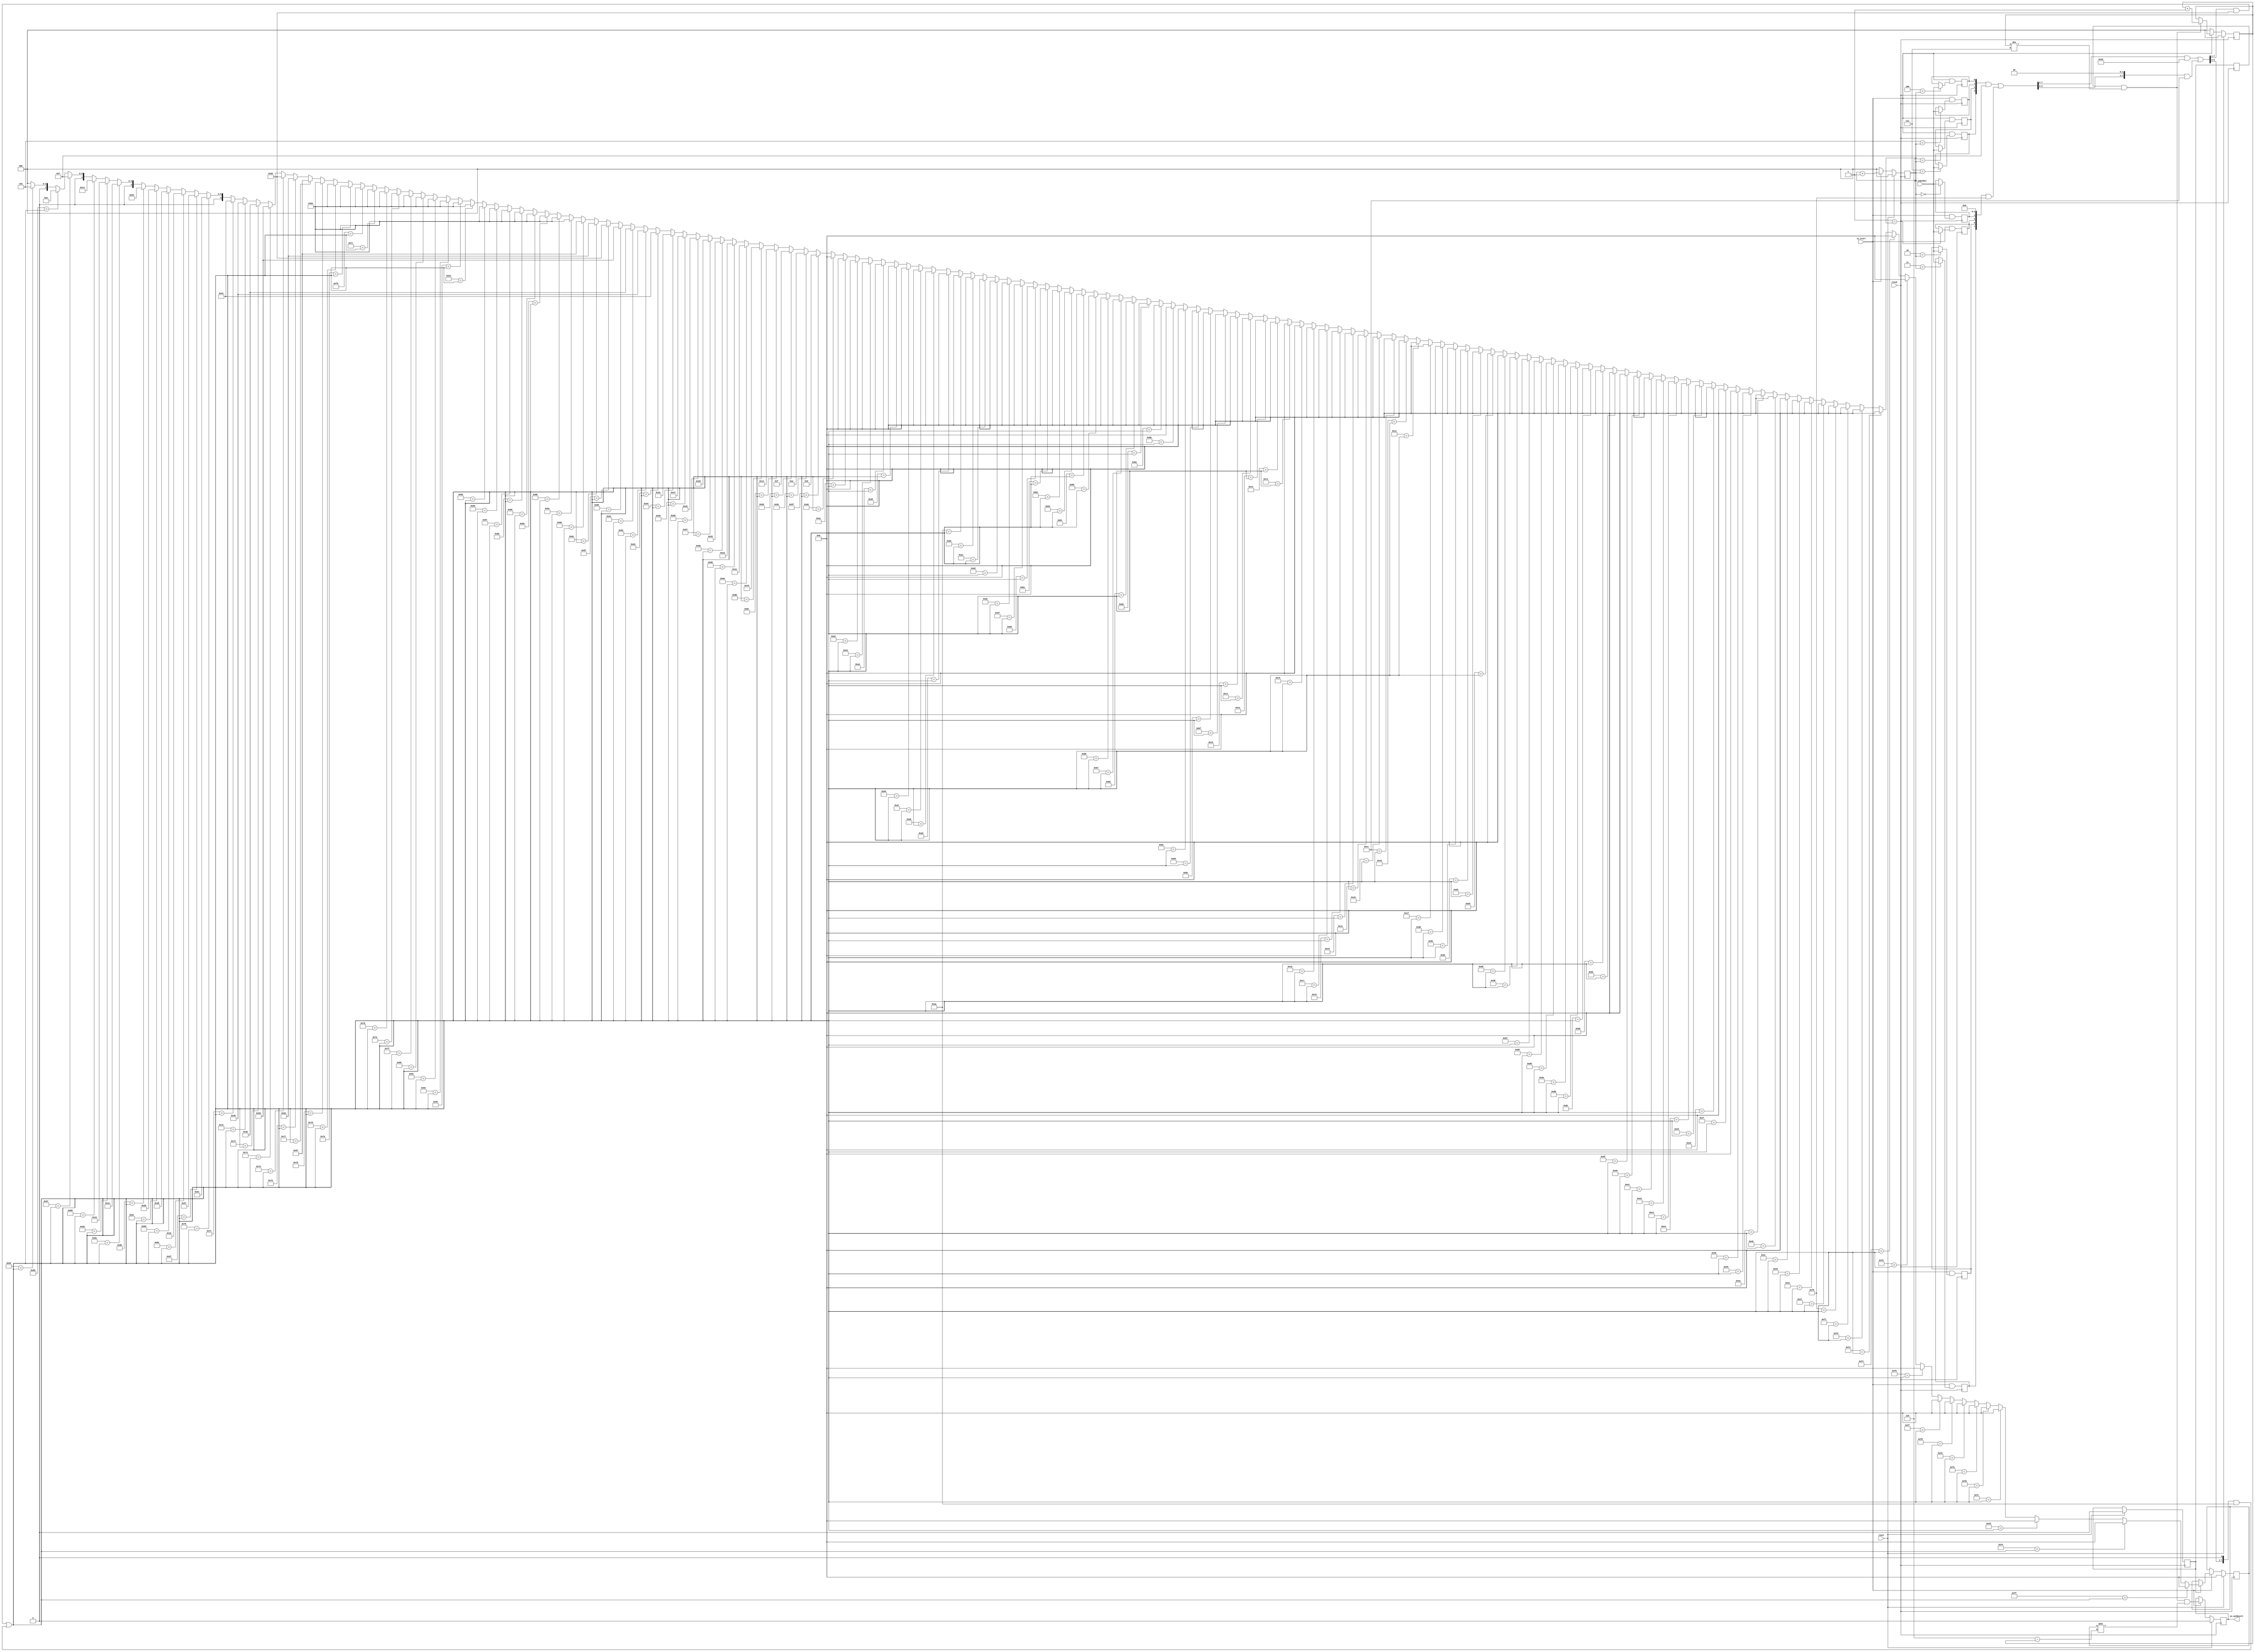
module LutMembershipFunctionOnline2_8(
  input   clock,
  input   reset,
  input   io_start,
  input   io_inputBit,
  output  io_outResult
);
  reg  buffer_0; // @[lut_mem_online2.scala 76:19]
  reg  buffer_1; // @[lut_mem_online2.scala 76:19]
  reg  buffer_2; // @[lut_mem_online2.scala 76:19]
  reg  buffer_3; // @[lut_mem_online2.scala 76:19]
  reg  buffer_4; // @[lut_mem_online2.scala 76:19]
  reg  buffer_5; // @[lut_mem_online2.scala 76:19]
  reg  buffer_6; // @[lut_mem_online2.scala 76:19]
  reg  buffer_7; // @[lut_mem_online2.scala 76:19]
  reg [6:0] outputBuffer; // @[lut_mem_online2.scala 77:29]
  reg [2:0] counter; // @[lut_mem_online2.scala 79:24]
  reg [2:0] outputCounter; // @[lut_mem_online2.scala 80:30]
  reg  isPassedDelta; // @[lut_mem_online2.scala 82:30]
  reg  isOutputValid; // @[lut_mem_online2.scala 83:30]
  reg  outResult; // @[lut_mem_online2.scala 86:26]
  wire [3:0] _GEN_309 = {{1'd0}, counter}; // @[lut_mem_online2.scala 114:22]
  wire  _GEN_0 = _GEN_309 == 4'ha | isPassedDelta; // @[lut_mem_online2.scala 114:35 115:25 82:30]
  wire  _T_3 = _GEN_309 != 4'h8; // @[lut_mem_online2.scala 121:22]
  wire  _GEN_1 = 3'h0 == counter ? io_inputBit : buffer_0; // @[lut_mem_online2.scala 123:{27,27} 76:19]
  wire  _GEN_2 = 3'h1 == counter ? io_inputBit : buffer_1; // @[lut_mem_online2.scala 123:{27,27} 76:19]
  wire  _GEN_3 = 3'h2 == counter ? io_inputBit : buffer_2; // @[lut_mem_online2.scala 123:{27,27} 76:19]
  wire  _GEN_4 = 3'h3 == counter ? io_inputBit : buffer_3; // @[lut_mem_online2.scala 123:{27,27} 76:19]
  wire  _GEN_5 = 3'h4 == counter ? io_inputBit : buffer_4; // @[lut_mem_online2.scala 123:{27,27} 76:19]
  wire  _GEN_6 = 3'h5 == counter ? io_inputBit : buffer_5; // @[lut_mem_online2.scala 123:{27,27} 76:19]
  wire  _GEN_7 = 3'h6 == counter ? io_inputBit : buffer_6; // @[lut_mem_online2.scala 123:{27,27} 76:19]
  wire  _GEN_8 = 3'h7 == counter ? io_inputBit : buffer_7; // @[lut_mem_online2.scala 123:{27,27} 76:19]
  wire  _T_5 = ~reset; // @[lut_mem_online2.scala 127:19]
  wire [2:0] _counter_T_1 = counter + 3'h1; // @[lut_mem_online2.scala 137:30]
  wire  _GEN_9 = _GEN_309 != 4'h8 ? _GEN_1 : buffer_0; // @[lut_mem_online2.scala 121:38 76:19]
  wire  _GEN_10 = _GEN_309 != 4'h8 ? _GEN_2 : buffer_1; // @[lut_mem_online2.scala 121:38 76:19]
  wire  _GEN_11 = _GEN_309 != 4'h8 ? _GEN_3 : buffer_2; // @[lut_mem_online2.scala 121:38 76:19]
  wire  _GEN_12 = _GEN_309 != 4'h8 ? _GEN_4 : buffer_3; // @[lut_mem_online2.scala 121:38 76:19]
  wire  _GEN_13 = _GEN_309 != 4'h8 ? _GEN_5 : buffer_4; // @[lut_mem_online2.scala 121:38 76:19]
  wire  _GEN_14 = _GEN_309 != 4'h8 ? _GEN_6 : buffer_5; // @[lut_mem_online2.scala 121:38 76:19]
  wire  _GEN_15 = _GEN_309 != 4'h8 ? _GEN_7 : buffer_6; // @[lut_mem_online2.scala 121:38 76:19]
  wire  _GEN_16 = _GEN_309 != 4'h8 ? _GEN_8 : buffer_7; // @[lut_mem_online2.scala 121:38 76:19]
  wire [7:0] _tempCurrentBuf_T = {buffer_7,buffer_6,buffer_5,buffer_4,buffer_3,buffer_2,buffer_1,buffer_0}; // @[lut_mem_online2.scala 145:47]
  wire [7:0] _GEN_311 = {{4'd0}, _tempCurrentBuf_T[7:4]}; // @[Bitwise.scala 108:31]
  wire [7:0] _tempCurrentBuf_T_4 = _GEN_311 & 8'hf; // @[Bitwise.scala 108:31]
  wire [7:0] _tempCurrentBuf_T_6 = {_tempCurrentBuf_T[3:0], 4'h0}; // @[Bitwise.scala 108:70]
  wire [7:0] _tempCurrentBuf_T_8 = _tempCurrentBuf_T_6 & 8'hf0; // @[Bitwise.scala 108:80]
  wire [7:0] _tempCurrentBuf_T_9 = _tempCurrentBuf_T_4 | _tempCurrentBuf_T_8; // @[Bitwise.scala 108:39]
  wire [7:0] _GEN_312 = {{2'd0}, _tempCurrentBuf_T_9[7:2]}; // @[Bitwise.scala 108:31]
  wire [7:0] _tempCurrentBuf_T_14 = _GEN_312 & 8'h33; // @[Bitwise.scala 108:31]
  wire [7:0] _tempCurrentBuf_T_16 = {_tempCurrentBuf_T_9[5:0], 2'h0}; // @[Bitwise.scala 108:70]
  wire [7:0] _tempCurrentBuf_T_18 = _tempCurrentBuf_T_16 & 8'hcc; // @[Bitwise.scala 108:80]
  wire [7:0] _tempCurrentBuf_T_19 = _tempCurrentBuf_T_14 | _tempCurrentBuf_T_18; // @[Bitwise.scala 108:39]
  wire [7:0] _GEN_313 = {{1'd0}, _tempCurrentBuf_T_19[7:1]}; // @[Bitwise.scala 108:31]
  wire [7:0] _tempCurrentBuf_T_24 = _GEN_313 & 8'h55; // @[Bitwise.scala 108:31]
  wire [7:0] _tempCurrentBuf_T_26 = {_tempCurrentBuf_T_19[6:0], 1'h0}; // @[Bitwise.scala 108:70]
  wire [7:0] _tempCurrentBuf_T_28 = _tempCurrentBuf_T_26 & 8'haa; // @[Bitwise.scala 108:80]
  wire [7:0] tempCurrentBuf = _tempCurrentBuf_T_24 | _tempCurrentBuf_T_28; // @[Bitwise.scala 108:39]
  wire [6:0] _GEN_119 = 8'h65 == tempCurrentBuf ? 7'h5 : 7'h0; // @[lut_mem_online2.scala 148:{24,24}]
  wire [6:0] _GEN_120 = 8'h66 == tempCurrentBuf ? 7'ha : _GEN_119; // @[lut_mem_online2.scala 148:{24,24}]
  wire [6:0] _GEN_121 = 8'h67 == tempCurrentBuf ? 7'hf : _GEN_120; // @[lut_mem_online2.scala 148:{24,24}]
  wire [6:0] _GEN_122 = 8'h68 == tempCurrentBuf ? 7'h14 : _GEN_121; // @[lut_mem_online2.scala 148:{24,24}]
  wire [6:0] _GEN_123 = 8'h69 == tempCurrentBuf ? 7'h19 : _GEN_122; // @[lut_mem_online2.scala 148:{24,24}]
  wire [6:0] _GEN_124 = 8'h6a == tempCurrentBuf ? 7'h1e : _GEN_123; // @[lut_mem_online2.scala 148:{24,24}]
  wire [6:0] _GEN_125 = 8'h6b == tempCurrentBuf ? 7'h23 : _GEN_124; // @[lut_mem_online2.scala 148:{24,24}]
  wire [6:0] _GEN_126 = 8'h6c == tempCurrentBuf ? 7'h28 : _GEN_125; // @[lut_mem_online2.scala 148:{24,24}]
  wire [6:0] _GEN_127 = 8'h6d == tempCurrentBuf ? 7'h2d : _GEN_126; // @[lut_mem_online2.scala 148:{24,24}]
  wire [6:0] _GEN_128 = 8'h6e == tempCurrentBuf ? 7'h32 : _GEN_127; // @[lut_mem_online2.scala 148:{24,24}]
  wire [6:0] _GEN_129 = 8'h6f == tempCurrentBuf ? 7'h37 : _GEN_128; // @[lut_mem_online2.scala 148:{24,24}]
  wire [6:0] _GEN_130 = 8'h70 == tempCurrentBuf ? 7'h3c : _GEN_129; // @[lut_mem_online2.scala 148:{24,24}]
  wire [6:0] _GEN_131 = 8'h71 == tempCurrentBuf ? 7'h41 : _GEN_130; // @[lut_mem_online2.scala 148:{24,24}]
  wire [6:0] _GEN_132 = 8'h72 == tempCurrentBuf ? 7'h46 : _GEN_131; // @[lut_mem_online2.scala 148:{24,24}]
  wire [6:0] _GEN_133 = 8'h73 == tempCurrentBuf ? 7'h4b : _GEN_132; // @[lut_mem_online2.scala 148:{24,24}]
  wire [6:0] _GEN_134 = 8'h74 == tempCurrentBuf ? 7'h50 : _GEN_133; // @[lut_mem_online2.scala 148:{24,24}]
  wire [6:0] _GEN_135 = 8'h75 == tempCurrentBuf ? 7'h55 : _GEN_134; // @[lut_mem_online2.scala 148:{24,24}]
  wire [6:0] _GEN_136 = 8'h76 == tempCurrentBuf ? 7'h5a : _GEN_135; // @[lut_mem_online2.scala 148:{24,24}]
  wire [6:0] _GEN_137 = 8'h77 == tempCurrentBuf ? 7'h5f : _GEN_136; // @[lut_mem_online2.scala 148:{24,24}]
  wire [6:0] _GEN_138 = 8'h78 == tempCurrentBuf ? 7'h64 : _GEN_137; // @[lut_mem_online2.scala 148:{24,24}]
  wire [6:0] _GEN_139 = 8'h79 == tempCurrentBuf ? 7'h64 : _GEN_138; // @[lut_mem_online2.scala 148:{24,24}]
  wire [6:0] _GEN_140 = 8'h7a == tempCurrentBuf ? 7'h64 : _GEN_139; // @[lut_mem_online2.scala 148:{24,24}]
  wire [6:0] _GEN_141 = 8'h7b == tempCurrentBuf ? 7'h64 : _GEN_140; // @[lut_mem_online2.scala 148:{24,24}]
  wire [6:0] _GEN_142 = 8'h7c == tempCurrentBuf ? 7'h64 : _GEN_141; // @[lut_mem_online2.scala 148:{24,24}]
  wire [6:0] _GEN_143 = 8'h7d == tempCurrentBuf ? 7'h64 : _GEN_142; // @[lut_mem_online2.scala 148:{24,24}]
  wire [6:0] _GEN_144 = 8'h7e == tempCurrentBuf ? 7'h64 : _GEN_143; // @[lut_mem_online2.scala 148:{24,24}]
  wire [6:0] _GEN_145 = 8'h7f == tempCurrentBuf ? 7'h64 : _GEN_144; // @[lut_mem_online2.scala 148:{24,24}]
  wire [6:0] _GEN_146 = 8'h80 == tempCurrentBuf ? 7'h64 : _GEN_145; // @[lut_mem_online2.scala 148:{24,24}]
  wire [6:0] _GEN_147 = 8'h81 == tempCurrentBuf ? 7'h64 : _GEN_146; // @[lut_mem_online2.scala 148:{24,24}]
  wire [6:0] _GEN_148 = 8'h82 == tempCurrentBuf ? 7'h64 : _GEN_147; // @[lut_mem_online2.scala 148:{24,24}]
  wire [6:0] _GEN_149 = 8'h83 == tempCurrentBuf ? 7'h64 : _GEN_148; // @[lut_mem_online2.scala 148:{24,24}]
  wire [6:0] _GEN_150 = 8'h84 == tempCurrentBuf ? 7'h64 : _GEN_149; // @[lut_mem_online2.scala 148:{24,24}]
  wire [6:0] _GEN_151 = 8'h85 == tempCurrentBuf ? 7'h64 : _GEN_150; // @[lut_mem_online2.scala 148:{24,24}]
  wire [6:0] _GEN_152 = 8'h86 == tempCurrentBuf ? 7'h64 : _GEN_151; // @[lut_mem_online2.scala 148:{24,24}]
  wire [6:0] _GEN_153 = 8'h87 == tempCurrentBuf ? 7'h64 : _GEN_152; // @[lut_mem_online2.scala 148:{24,24}]
  wire [6:0] _GEN_154 = 8'h88 == tempCurrentBuf ? 7'h64 : _GEN_153; // @[lut_mem_online2.scala 148:{24,24}]
  wire [6:0] _GEN_155 = 8'h89 == tempCurrentBuf ? 7'h64 : _GEN_154; // @[lut_mem_online2.scala 148:{24,24}]
  wire [6:0] _GEN_156 = 8'h8a == tempCurrentBuf ? 7'h64 : _GEN_155; // @[lut_mem_online2.scala 148:{24,24}]
  wire [6:0] _GEN_157 = 8'h8b == tempCurrentBuf ? 7'h64 : _GEN_156; // @[lut_mem_online2.scala 148:{24,24}]
  wire [6:0] _GEN_158 = 8'h8c == tempCurrentBuf ? 7'h64 : _GEN_157; // @[lut_mem_online2.scala 148:{24,24}]
  wire [6:0] _GEN_159 = 8'h8d == tempCurrentBuf ? 7'h5f : _GEN_158; // @[lut_mem_online2.scala 148:{24,24}]
  wire [6:0] _GEN_160 = 8'h8e == tempCurrentBuf ? 7'h5a : _GEN_159; // @[lut_mem_online2.scala 148:{24,24}]
  wire [6:0] _GEN_161 = 8'h8f == tempCurrentBuf ? 7'h55 : _GEN_160; // @[lut_mem_online2.scala 148:{24,24}]
  wire [6:0] _GEN_162 = 8'h90 == tempCurrentBuf ? 7'h50 : _GEN_161; // @[lut_mem_online2.scala 148:{24,24}]
  wire [6:0] _GEN_163 = 8'h91 == tempCurrentBuf ? 7'h4b : _GEN_162; // @[lut_mem_online2.scala 148:{24,24}]
  wire [6:0] _GEN_164 = 8'h92 == tempCurrentBuf ? 7'h46 : _GEN_163; // @[lut_mem_online2.scala 148:{24,24}]
  wire [6:0] _GEN_165 = 8'h93 == tempCurrentBuf ? 7'h41 : _GEN_164; // @[lut_mem_online2.scala 148:{24,24}]
  wire [6:0] _GEN_166 = 8'h94 == tempCurrentBuf ? 7'h3c : _GEN_165; // @[lut_mem_online2.scala 148:{24,24}]
  wire [6:0] _GEN_167 = 8'h95 == tempCurrentBuf ? 7'h37 : _GEN_166; // @[lut_mem_online2.scala 148:{24,24}]
  wire [6:0] _GEN_168 = 8'h96 == tempCurrentBuf ? 7'h32 : _GEN_167; // @[lut_mem_online2.scala 148:{24,24}]
  wire [6:0] _GEN_169 = 8'h97 == tempCurrentBuf ? 7'h2d : _GEN_168; // @[lut_mem_online2.scala 148:{24,24}]
  wire [6:0] _GEN_170 = 8'h98 == tempCurrentBuf ? 7'h28 : _GEN_169; // @[lut_mem_online2.scala 148:{24,24}]
  wire [6:0] _GEN_171 = 8'h99 == tempCurrentBuf ? 7'h23 : _GEN_170; // @[lut_mem_online2.scala 148:{24,24}]
  wire [6:0] _GEN_172 = 8'h9a == tempCurrentBuf ? 7'h1e : _GEN_171; // @[lut_mem_online2.scala 148:{24,24}]
  wire [6:0] _GEN_173 = 8'h9b == tempCurrentBuf ? 7'h19 : _GEN_172; // @[lut_mem_online2.scala 148:{24,24}]
  wire [6:0] _GEN_174 = 8'h9c == tempCurrentBuf ? 7'h14 : _GEN_173; // @[lut_mem_online2.scala 148:{24,24}]
  wire [6:0] _GEN_175 = 8'h9d == tempCurrentBuf ? 7'hf : _GEN_174; // @[lut_mem_online2.scala 148:{24,24}]
  wire [6:0] _GEN_176 = 8'h9e == tempCurrentBuf ? 7'ha : _GEN_175; // @[lut_mem_online2.scala 148:{24,24}]
  wire [6:0] _GEN_177 = 8'h9f == tempCurrentBuf ? 7'h5 : _GEN_176; // @[lut_mem_online2.scala 148:{24,24}]
  wire [6:0] _GEN_178 = 8'ha0 == tempCurrentBuf ? 7'h0 : _GEN_177; // @[lut_mem_online2.scala 148:{24,24}]
  wire [6:0] _GEN_179 = 8'ha1 == tempCurrentBuf ? 7'h0 : _GEN_178; // @[lut_mem_online2.scala 148:{24,24}]
  wire [6:0] _GEN_180 = 8'ha2 == tempCurrentBuf ? 7'h0 : _GEN_179; // @[lut_mem_online2.scala 148:{24,24}]
  wire [6:0] _GEN_181 = 8'ha3 == tempCurrentBuf ? 7'h0 : _GEN_180; // @[lut_mem_online2.scala 148:{24,24}]
  wire [6:0] _GEN_182 = 8'ha4 == tempCurrentBuf ? 7'h0 : _GEN_181; // @[lut_mem_online2.scala 148:{24,24}]
  wire [6:0] _GEN_183 = 8'ha5 == tempCurrentBuf ? 7'h0 : _GEN_182; // @[lut_mem_online2.scala 148:{24,24}]
  wire [6:0] _GEN_184 = 8'ha6 == tempCurrentBuf ? 7'h0 : _GEN_183; // @[lut_mem_online2.scala 148:{24,24}]
  wire [6:0] _GEN_185 = 8'ha7 == tempCurrentBuf ? 7'h0 : _GEN_184; // @[lut_mem_online2.scala 148:{24,24}]
  wire [6:0] _GEN_186 = 8'ha8 == tempCurrentBuf ? 7'h0 : _GEN_185; // @[lut_mem_online2.scala 148:{24,24}]
  wire [6:0] _GEN_187 = 8'ha9 == tempCurrentBuf ? 7'h0 : _GEN_186; // @[lut_mem_online2.scala 148:{24,24}]
  wire [6:0] _GEN_188 = 8'haa == tempCurrentBuf ? 7'h0 : _GEN_187; // @[lut_mem_online2.scala 148:{24,24}]
  wire [6:0] _GEN_189 = 8'hab == tempCurrentBuf ? 7'h0 : _GEN_188; // @[lut_mem_online2.scala 148:{24,24}]
  wire [6:0] _GEN_190 = 8'hac == tempCurrentBuf ? 7'h0 : _GEN_189; // @[lut_mem_online2.scala 148:{24,24}]
  wire [6:0] _GEN_191 = 8'had == tempCurrentBuf ? 7'h0 : _GEN_190; // @[lut_mem_online2.scala 148:{24,24}]
  wire [6:0] _GEN_192 = 8'hae == tempCurrentBuf ? 7'h0 : _GEN_191; // @[lut_mem_online2.scala 148:{24,24}]
  wire [6:0] _GEN_193 = 8'haf == tempCurrentBuf ? 7'h0 : _GEN_192; // @[lut_mem_online2.scala 148:{24,24}]
  wire [6:0] _GEN_194 = 8'hb0 == tempCurrentBuf ? 7'h0 : _GEN_193; // @[lut_mem_online2.scala 148:{24,24}]
  wire [6:0] _GEN_195 = 8'hb1 == tempCurrentBuf ? 7'h0 : _GEN_194; // @[lut_mem_online2.scala 148:{24,24}]
  wire [6:0] _GEN_196 = 8'hb2 == tempCurrentBuf ? 7'h0 : _GEN_195; // @[lut_mem_online2.scala 148:{24,24}]
  wire [6:0] _GEN_197 = 8'hb3 == tempCurrentBuf ? 7'h0 : _GEN_196; // @[lut_mem_online2.scala 148:{24,24}]
  wire [6:0] _GEN_198 = 8'hb4 == tempCurrentBuf ? 7'h0 : _GEN_197; // @[lut_mem_online2.scala 148:{24,24}]
  wire [6:0] _GEN_199 = 8'hb5 == tempCurrentBuf ? 7'h0 : _GEN_198; // @[lut_mem_online2.scala 148:{24,24}]
  wire [6:0] _GEN_200 = 8'hb6 == tempCurrentBuf ? 7'h0 : _GEN_199; // @[lut_mem_online2.scala 148:{24,24}]
  wire [6:0] _GEN_201 = 8'hb7 == tempCurrentBuf ? 7'h0 : _GEN_200; // @[lut_mem_online2.scala 148:{24,24}]
  wire [6:0] _GEN_202 = 8'hb8 == tempCurrentBuf ? 7'h0 : _GEN_201; // @[lut_mem_online2.scala 148:{24,24}]
  wire [6:0] _GEN_203 = 8'hb9 == tempCurrentBuf ? 7'h0 : _GEN_202; // @[lut_mem_online2.scala 148:{24,24}]
  wire [6:0] _GEN_204 = 8'hba == tempCurrentBuf ? 7'h0 : _GEN_203; // @[lut_mem_online2.scala 148:{24,24}]
  wire [6:0] _GEN_205 = 8'hbb == tempCurrentBuf ? 7'h0 : _GEN_204; // @[lut_mem_online2.scala 148:{24,24}]
  wire [6:0] _GEN_206 = 8'hbc == tempCurrentBuf ? 7'h0 : _GEN_205; // @[lut_mem_online2.scala 148:{24,24}]
  wire [6:0] _GEN_207 = 8'hbd == tempCurrentBuf ? 7'h0 : _GEN_206; // @[lut_mem_online2.scala 148:{24,24}]
  wire [6:0] _GEN_208 = 8'hbe == tempCurrentBuf ? 7'h0 : _GEN_207; // @[lut_mem_online2.scala 148:{24,24}]
  wire [6:0] _GEN_209 = 8'hbf == tempCurrentBuf ? 7'h0 : _GEN_208; // @[lut_mem_online2.scala 148:{24,24}]
  wire [6:0] _GEN_210 = 8'hc0 == tempCurrentBuf ? 7'h0 : _GEN_209; // @[lut_mem_online2.scala 148:{24,24}]
  wire [6:0] _GEN_211 = 8'hc1 == tempCurrentBuf ? 7'h0 : _GEN_210; // @[lut_mem_online2.scala 148:{24,24}]
  wire [6:0] _GEN_212 = 8'hc2 == tempCurrentBuf ? 7'h0 : _GEN_211; // @[lut_mem_online2.scala 148:{24,24}]
  wire [6:0] _GEN_213 = 8'hc3 == tempCurrentBuf ? 7'h0 : _GEN_212; // @[lut_mem_online2.scala 148:{24,24}]
  wire [6:0] _GEN_214 = 8'hc4 == tempCurrentBuf ? 7'h0 : _GEN_213; // @[lut_mem_online2.scala 148:{24,24}]
  wire [6:0] _GEN_215 = 8'hc5 == tempCurrentBuf ? 7'h0 : _GEN_214; // @[lut_mem_online2.scala 148:{24,24}]
  wire [6:0] _GEN_216 = 8'hc6 == tempCurrentBuf ? 7'h0 : _GEN_215; // @[lut_mem_online2.scala 148:{24,24}]
  wire [6:0] _GEN_217 = 8'hc7 == tempCurrentBuf ? 7'h0 : _GEN_216; // @[lut_mem_online2.scala 148:{24,24}]
  wire [6:0] _GEN_218 = 8'hc8 == tempCurrentBuf ? 7'h0 : _GEN_217; // @[lut_mem_online2.scala 148:{24,24}]
  wire [6:0] _GEN_219 = 8'hc9 == tempCurrentBuf ? 7'h0 : _GEN_218; // @[lut_mem_online2.scala 148:{24,24}]
  wire [6:0] _GEN_220 = 8'hca == tempCurrentBuf ? 7'h0 : _GEN_219; // @[lut_mem_online2.scala 148:{24,24}]
  wire [6:0] _GEN_221 = 8'hcb == tempCurrentBuf ? 7'h0 : _GEN_220; // @[lut_mem_online2.scala 148:{24,24}]
  wire [6:0] _GEN_222 = 8'hcc == tempCurrentBuf ? 7'h0 : _GEN_221; // @[lut_mem_online2.scala 148:{24,24}]
  wire [6:0] _GEN_223 = 8'hcd == tempCurrentBuf ? 7'h0 : _GEN_222; // @[lut_mem_online2.scala 148:{24,24}]
  wire [6:0] _GEN_224 = 8'hce == tempCurrentBuf ? 7'h0 : _GEN_223; // @[lut_mem_online2.scala 148:{24,24}]
  wire [6:0] _GEN_225 = 8'hcf == tempCurrentBuf ? 7'h0 : _GEN_224; // @[lut_mem_online2.scala 148:{24,24}]
  wire [6:0] _GEN_226 = 8'hd0 == tempCurrentBuf ? 7'h0 : _GEN_225; // @[lut_mem_online2.scala 148:{24,24}]
  wire [6:0] _GEN_227 = 8'hd1 == tempCurrentBuf ? 7'h0 : _GEN_226; // @[lut_mem_online2.scala 148:{24,24}]
  wire [6:0] _GEN_228 = 8'hd2 == tempCurrentBuf ? 7'h0 : _GEN_227; // @[lut_mem_online2.scala 148:{24,24}]
  wire [6:0] _GEN_229 = 8'hd3 == tempCurrentBuf ? 7'h0 : _GEN_228; // @[lut_mem_online2.scala 148:{24,24}]
  wire [6:0] _GEN_230 = 8'hd4 == tempCurrentBuf ? 7'h0 : _GEN_229; // @[lut_mem_online2.scala 148:{24,24}]
  wire [6:0] _GEN_231 = 8'hd5 == tempCurrentBuf ? 7'h0 : _GEN_230; // @[lut_mem_online2.scala 148:{24,24}]
  wire [6:0] _GEN_232 = 8'hd6 == tempCurrentBuf ? 7'h0 : _GEN_231; // @[lut_mem_online2.scala 148:{24,24}]
  wire [6:0] _GEN_233 = 8'hd7 == tempCurrentBuf ? 7'h0 : _GEN_232; // @[lut_mem_online2.scala 148:{24,24}]
  wire [6:0] _GEN_234 = 8'hd8 == tempCurrentBuf ? 7'h0 : _GEN_233; // @[lut_mem_online2.scala 148:{24,24}]
  wire [6:0] _GEN_235 = 8'hd9 == tempCurrentBuf ? 7'h0 : _GEN_234; // @[lut_mem_online2.scala 148:{24,24}]
  wire [6:0] _GEN_236 = 8'hda == tempCurrentBuf ? 7'h0 : _GEN_235; // @[lut_mem_online2.scala 148:{24,24}]
  wire [6:0] _GEN_237 = 8'hdb == tempCurrentBuf ? 7'h0 : _GEN_236; // @[lut_mem_online2.scala 148:{24,24}]
  wire [6:0] _GEN_238 = 8'hdc == tempCurrentBuf ? 7'h0 : _GEN_237; // @[lut_mem_online2.scala 148:{24,24}]
  wire [6:0] _GEN_239 = 8'hdd == tempCurrentBuf ? 7'h0 : _GEN_238; // @[lut_mem_online2.scala 148:{24,24}]
  wire [6:0] _GEN_240 = 8'hde == tempCurrentBuf ? 7'h0 : _GEN_239; // @[lut_mem_online2.scala 148:{24,24}]
  wire [6:0] _GEN_241 = 8'hdf == tempCurrentBuf ? 7'h0 : _GEN_240; // @[lut_mem_online2.scala 148:{24,24}]
  wire [6:0] _GEN_242 = 8'he0 == tempCurrentBuf ? 7'h0 : _GEN_241; // @[lut_mem_online2.scala 148:{24,24}]
  wire [6:0] _GEN_243 = 8'he1 == tempCurrentBuf ? 7'h0 : _GEN_242; // @[lut_mem_online2.scala 148:{24,24}]
  wire [6:0] _GEN_244 = 8'he2 == tempCurrentBuf ? 7'h0 : _GEN_243; // @[lut_mem_online2.scala 148:{24,24}]
  wire [6:0] _GEN_245 = 8'he3 == tempCurrentBuf ? 7'h0 : _GEN_244; // @[lut_mem_online2.scala 148:{24,24}]
  wire [6:0] _GEN_246 = 8'he4 == tempCurrentBuf ? 7'h0 : _GEN_245; // @[lut_mem_online2.scala 148:{24,24}]
  wire [6:0] _GEN_247 = 8'he5 == tempCurrentBuf ? 7'h0 : _GEN_246; // @[lut_mem_online2.scala 148:{24,24}]
  wire [6:0] _GEN_248 = 8'he6 == tempCurrentBuf ? 7'h0 : _GEN_247; // @[lut_mem_online2.scala 148:{24,24}]
  wire [6:0] _GEN_249 = 8'he7 == tempCurrentBuf ? 7'h0 : _GEN_248; // @[lut_mem_online2.scala 148:{24,24}]
  wire [6:0] _GEN_250 = 8'he8 == tempCurrentBuf ? 7'h0 : _GEN_249; // @[lut_mem_online2.scala 148:{24,24}]
  wire [6:0] _GEN_251 = 8'he9 == tempCurrentBuf ? 7'h0 : _GEN_250; // @[lut_mem_online2.scala 148:{24,24}]
  wire [6:0] _GEN_252 = 8'hea == tempCurrentBuf ? 7'h0 : _GEN_251; // @[lut_mem_online2.scala 148:{24,24}]
  wire [6:0] _GEN_253 = 8'heb == tempCurrentBuf ? 7'h0 : _GEN_252; // @[lut_mem_online2.scala 148:{24,24}]
  wire [6:0] _GEN_254 = 8'hec == tempCurrentBuf ? 7'h0 : _GEN_253; // @[lut_mem_online2.scala 148:{24,24}]
  wire [6:0] _GEN_255 = 8'hed == tempCurrentBuf ? 7'h0 : _GEN_254; // @[lut_mem_online2.scala 148:{24,24}]
  wire [6:0] _GEN_256 = 8'hee == tempCurrentBuf ? 7'h0 : _GEN_255; // @[lut_mem_online2.scala 148:{24,24}]
  wire [6:0] _GEN_257 = 8'hef == tempCurrentBuf ? 7'h0 : _GEN_256; // @[lut_mem_online2.scala 148:{24,24}]
  wire [6:0] _GEN_258 = 8'hf0 == tempCurrentBuf ? 7'h0 : _GEN_257; // @[lut_mem_online2.scala 148:{24,24}]
  wire [6:0] _GEN_259 = 8'hf1 == tempCurrentBuf ? 7'h0 : _GEN_258; // @[lut_mem_online2.scala 148:{24,24}]
  wire [6:0] _GEN_260 = 8'hf2 == tempCurrentBuf ? 7'h0 : _GEN_259; // @[lut_mem_online2.scala 148:{24,24}]
  wire [6:0] _GEN_261 = 8'hf3 == tempCurrentBuf ? 7'h0 : _GEN_260; // @[lut_mem_online2.scala 148:{24,24}]
  wire [6:0] _GEN_262 = 8'hf4 == tempCurrentBuf ? 7'h0 : _GEN_261; // @[lut_mem_online2.scala 148:{24,24}]
  wire [6:0] _GEN_263 = 8'hf5 == tempCurrentBuf ? 7'h0 : _GEN_262; // @[lut_mem_online2.scala 148:{24,24}]
  wire [6:0] _GEN_264 = 8'hf6 == tempCurrentBuf ? 7'h0 : _GEN_263; // @[lut_mem_online2.scala 148:{24,24}]
  wire [6:0] _GEN_265 = 8'hf7 == tempCurrentBuf ? 7'h0 : _GEN_264; // @[lut_mem_online2.scala 148:{24,24}]
  wire [6:0] _GEN_266 = 8'hf8 == tempCurrentBuf ? 7'h0 : _GEN_265; // @[lut_mem_online2.scala 148:{24,24}]
  wire [6:0] _GEN_267 = 8'hf9 == tempCurrentBuf ? 7'h0 : _GEN_266; // @[lut_mem_online2.scala 148:{24,24}]
  wire [6:0] _GEN_268 = 8'hfa == tempCurrentBuf ? 7'h0 : _GEN_267; // @[lut_mem_online2.scala 148:{24,24}]
  wire [6:0] _GEN_269 = 8'hfb == tempCurrentBuf ? 7'h0 : _GEN_268; // @[lut_mem_online2.scala 148:{24,24}]
  wire [6:0] _GEN_270 = 8'hfc == tempCurrentBuf ? 7'h0 : _GEN_269; // @[lut_mem_online2.scala 148:{24,24}]
  wire [6:0] _GEN_271 = 8'hfd == tempCurrentBuf ? 7'h0 : _GEN_270; // @[lut_mem_online2.scala 148:{24,24}]
  wire [6:0] _GEN_272 = 8'hfe == tempCurrentBuf ? 7'h0 : _GEN_271; // @[lut_mem_online2.scala 148:{24,24}]
  wire [6:0] _GEN_273 = 8'hff == tempCurrentBuf ? 7'h0 : _GEN_272; // @[lut_mem_online2.scala 148:{24,24}]
  wire [2:0] _outResult_T_1 = 3'h6 - outputCounter; // @[lut_mem_online2.scala 165:60]
  wire [6:0] _outResult_T_2 = outputBuffer >> _outResult_T_1; // @[lut_mem_online2.scala 165:36]
  wire [2:0] _outputCounter_T_1 = outputCounter + 3'h1; // @[lut_mem_online2.scala 167:42]
  wire  _GEN_275 = isOutputValid & outputCounter != 3'h7 & _outResult_T_2[0]; // @[lut_mem_online2.scala 163:78 165:21 172:23]
  assign io_outResult = outResult; // @[lut_mem_online2.scala 209:16]
  always @(posedge clock) begin
    buffer_0 <= io_start & _GEN_9; // @[lut_mem_online2.scala 198:17 98:29]
    buffer_1 <= io_start & _GEN_10; // @[lut_mem_online2.scala 198:17 98:29]
    buffer_2 <= io_start & _GEN_11; // @[lut_mem_online2.scala 198:17 98:29]
    buffer_3 <= io_start & _GEN_12; // @[lut_mem_online2.scala 198:17 98:29]
    buffer_4 <= io_start & _GEN_13; // @[lut_mem_online2.scala 198:17 98:29]
    buffer_5 <= io_start & _GEN_14; // @[lut_mem_online2.scala 198:17 98:29]
    buffer_6 <= io_start & _GEN_15; // @[lut_mem_online2.scala 198:17 98:29]
    buffer_7 <= io_start & _GEN_16; // @[lut_mem_online2.scala 198:17 98:29]
    if (reset) begin // @[lut_mem_online2.scala 77:29]
      outputBuffer <= 7'h0; // @[lut_mem_online2.scala 77:29]
    end else if (io_start) begin // @[lut_mem_online2.scala 98:29]
      if (isPassedDelta) begin // @[lut_mem_online2.scala 143:40]
        if (8'hff == tempCurrentBuf) begin // @[lut_mem_online2.scala 148:24]
          outputBuffer <= 7'h0; // @[lut_mem_online2.scala 148:24]
        end else begin
          outputBuffer <= _GEN_272;
        end
      end
    end
    if (reset) begin // @[lut_mem_online2.scala 79:24]
      counter <= 3'h0; // @[lut_mem_online2.scala 79:24]
    end else if (io_start) begin // @[lut_mem_online2.scala 98:29]
      if (_GEN_309 != 4'h8) begin // @[lut_mem_online2.scala 121:38]
        counter <= _counter_T_1; // @[lut_mem_online2.scala 137:19]
      end
    end else begin
      counter <= 3'h0; // @[lut_mem_online2.scala 194:13]
    end
    if (reset) begin // @[lut_mem_online2.scala 80:30]
      outputCounter <= 3'h0; // @[lut_mem_online2.scala 80:30]
    end else if (io_start) begin // @[lut_mem_online2.scala 98:29]
      if (isOutputValid & outputCounter != 3'h7) begin // @[lut_mem_online2.scala 163:78]
        outputCounter <= _outputCounter_T_1; // @[lut_mem_online2.scala 167:25]
      end
    end else begin
      outputCounter <= 3'h0; // @[lut_mem_online2.scala 195:19]
    end
    if (reset) begin // @[lut_mem_online2.scala 82:30]
      isPassedDelta <= 1'h0; // @[lut_mem_online2.scala 82:30]
    end else if (io_start) begin // @[lut_mem_online2.scala 98:29]
      isPassedDelta <= _GEN_0;
    end
    isOutputValid <= isPassedDelta; // @[lut_mem_online2.scala 83:30]
    if (reset) begin // @[lut_mem_online2.scala 86:26]
      outResult <= 1'h0; // @[lut_mem_online2.scala 86:26]
    end else if (io_start) begin // @[lut_mem_online2.scala 98:29]
      outResult <= _GEN_275;
    end
    `ifndef SYNTHESIS
    `ifdef PRINTF_COND
      if (`PRINTF_COND) begin
    `endif
        if (io_start & _T_3 & ~reset) begin
          $fwrite(32'h80000002,"buffer(%d) = %d\n",counter,io_inputBit); // @[lut_mem_online2.scala 127:19]
        end
    `ifdef PRINTF_COND
      end
    `endif
    `endif // SYNTHESIS
    `ifndef SYNTHESIS
    `ifdef PRINTF_COND
      if (`PRINTF_COND) begin
    `endif
        if (io_start & isPassedDelta & _T_5) begin
          $fwrite(32'h80000002,"lut(%d) = %d\n",tempCurrentBuf,_GEN_273); // @[lut_mem_online2.scala 152:19]
        end
    `ifdef PRINTF_COND
      end
    `endif
    `endif // SYNTHESIS
  end
endmodule